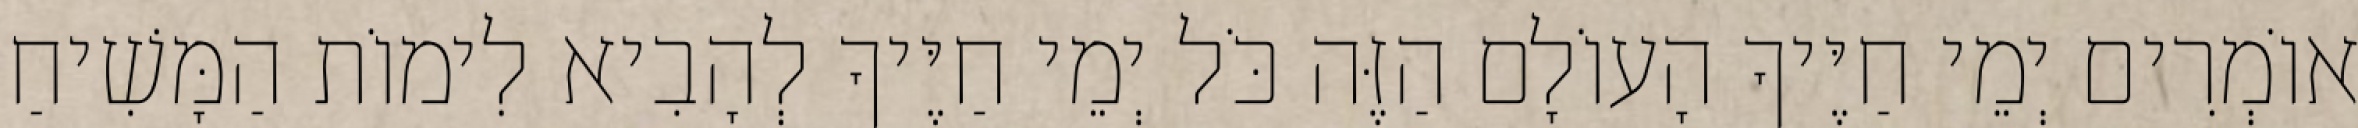
אוֹמְרִים יְמֵי חַיֶּיךָ הָעוֹלָם הַזֶּה כֹּל יְמֵי חַיֶּיךָ לְהָבִיא לִימוֹת הַמָּשִׁיחַ